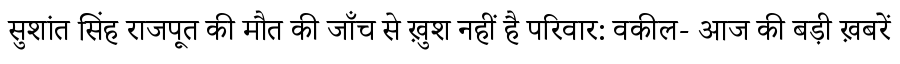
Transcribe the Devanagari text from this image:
सुशांत सिंह राजपूत की मौत की जाँच से ख़ुश नहीं है परिवार: वकील- आज की बड़ी ख़बरें